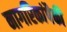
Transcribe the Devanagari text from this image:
नागरिकांपैकी